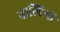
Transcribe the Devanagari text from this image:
वाल्टियों